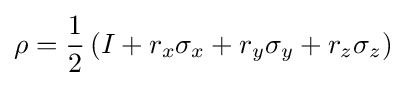
\rho ={\frac {1}{2}}\left(I+r_{x}\sigma _{x}+r_{y}\sigma _{y}+r_{z}\sigma _{z}\right)